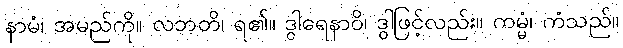
နာမံ၊ အမည်ကို။ လဘတိ၊ ရ၏။ ဒွါရေနာဝိ၊ ဒွါဖြင့်လည်း။ ကမ္မံ၊ ကံသည်။